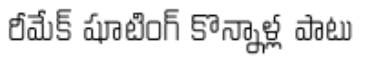
రీమేక్ షూటింగ్ కొన్నాళ్ల పాటు